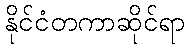
နိုင်ငံတကာဆိုင်ရာ